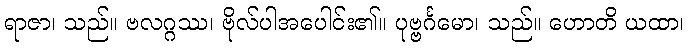
ရာဇာ၊ သည်။ ဗလဂ္ဂဿ၊ ဗိုလ်ပါအပေါင်း၏။ ပုဗ္ဗင်္ဂမော၊ သည်။ ဟောတိ ယထာ၊